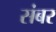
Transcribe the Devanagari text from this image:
संबर